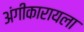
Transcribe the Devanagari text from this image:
अंगीकारायला